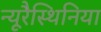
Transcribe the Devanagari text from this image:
न्यूरैस्थिनिया